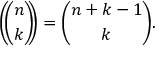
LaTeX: \left( \! \! { \binom { n } { k } } \! \! \right) = { \binom { n + k - 1 } { k } } .